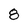
Character: 8